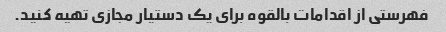
فهرستی از اقدامات بالقوه برای یک دستیار مجازی تهیه کنید.